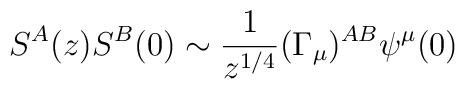
S^A(z)S^B(0)\sim \frac{1}{ z^{1/4}}(\Gamma_\mu)^{AB}\psi^\mu(0)